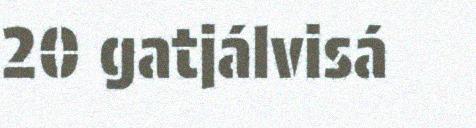
20 gatjálvisá